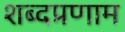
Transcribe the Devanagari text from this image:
शब्दप्रणाम